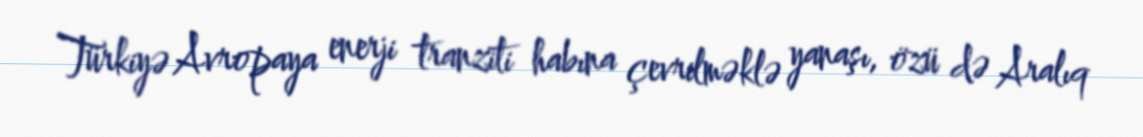
Türkiyə Avropaya enerji tranziti habına çevrilməklə yanaşı, özü də Aralıq